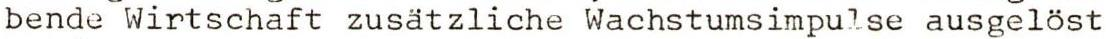
bende Wirtschaft zusätzliche Wachstumsimpulse ausgelöst